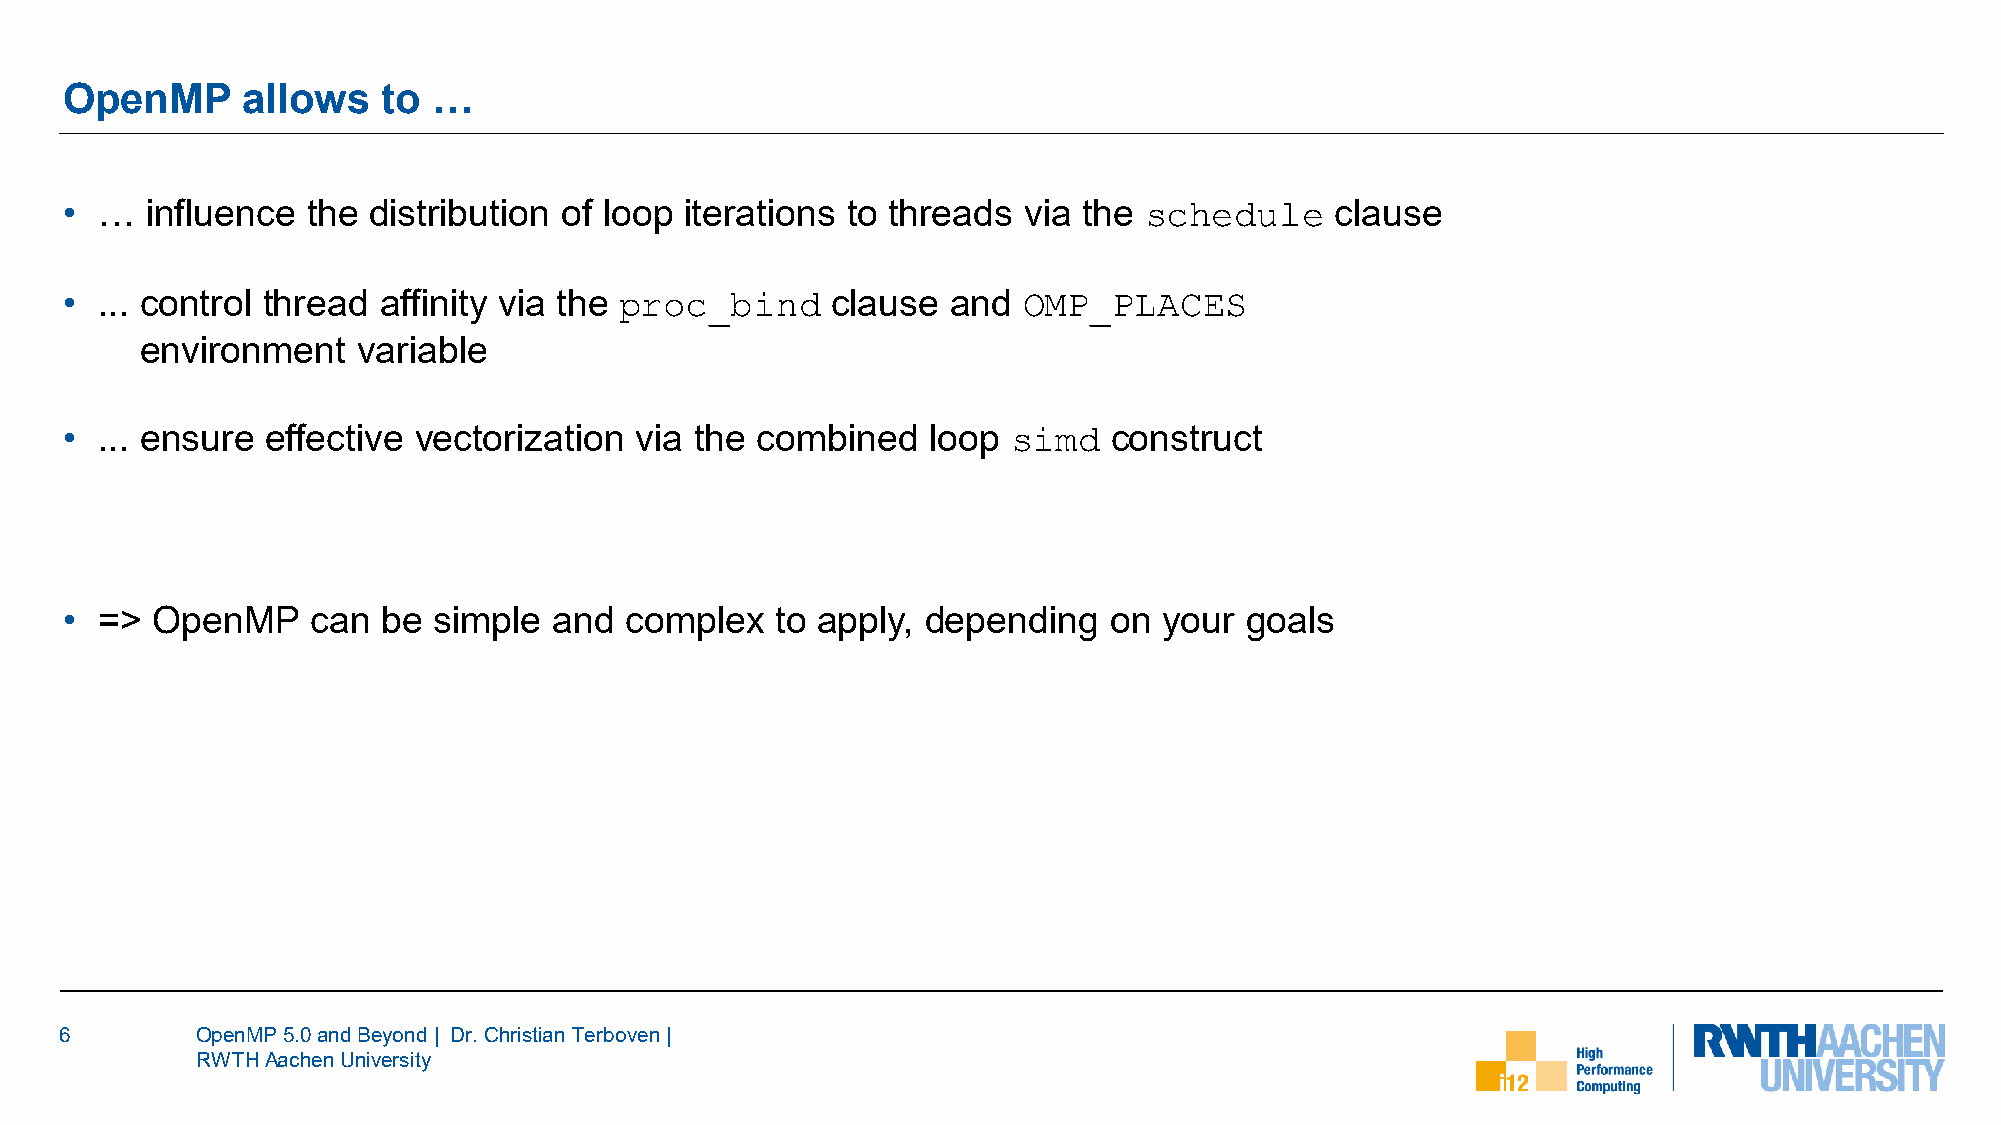
OpenMP      allows   to  …
 •  …  influence the distribution of loop iterations to threads  via the             clause
 schedule
 •  ... control thread affinity via the             clause  and
 proc_bind                  OMP_PLACES
 environment    variable
 •  ... ensure effective vectorization via the combined   loop        construct
 simd
 •  => OpenMP     can be  simple  and complex   to apply, depending   on  your goals
 6        OpenMP 5.0 and Beyond | Dr. Christian Terboven|
 RWTH Aachen University